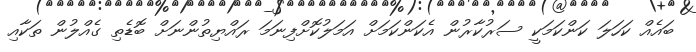
ބައެއް ކަހަލަ ކަންކަމަކީ ސަރުކާރުން އެކަންކަމަށް އަމަލުކޮށްފިނަމަ ރައްޔިތުންނަށް ބޮޑެތި ގެއްލުން ތަކާއި